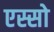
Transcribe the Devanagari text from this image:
एस्सो